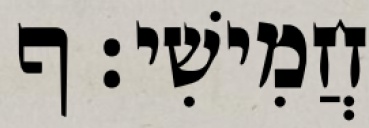
חֲמִישִׁי׃ ף